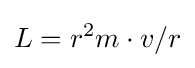
L=r^{2}m\cdot {v}/{r}